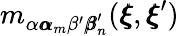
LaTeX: m_{\alpha{\pmb\alpha}_{m}\beta^{\prime}{\pmb\beta}_{n}^{\prime}}({\pmb\xi},{\pmb\xi}^{\prime})